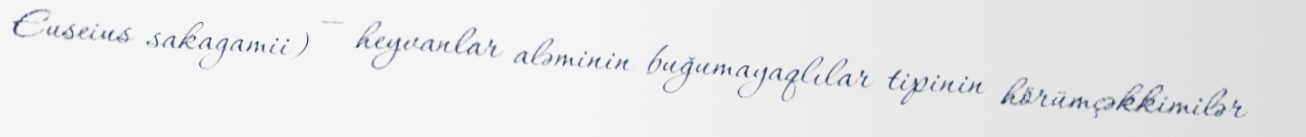
Euseius sakagamii) — heyvanlar aləminin buğumayaqlılar tipinin hörümçəkkimilər